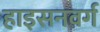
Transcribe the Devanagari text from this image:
हाइसनवर्ग